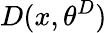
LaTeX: D(x,\theta^{D})